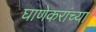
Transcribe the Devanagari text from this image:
घाणेकरांच्या